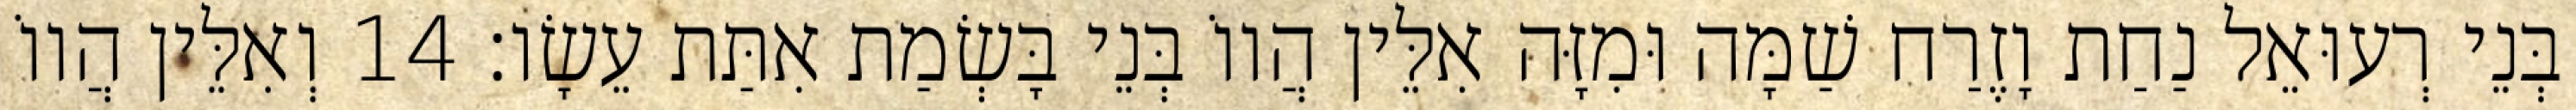
בְּנֵי רְעוּאֵל נַחַת וָזֶרַח שַׁמָּה וּמִזָּה אִלֵּין הֲווֹ בְּנֵי בָּשְׂמַת אִתַּת עֵשָׂו׃ 14 וְאִלֵּין הֲווֹ